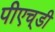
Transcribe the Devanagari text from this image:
पीएच्‌डी